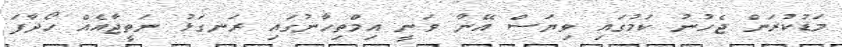
މަޑުކުރަން ޖެހުނު ކަމުގައި ވިޔަސް އޭނާ ވަނީ އިމްތިހާނުގައި ރަނގަޅު ނަތީޖާއެއް ހޯދާފަ